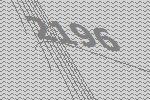
2196